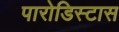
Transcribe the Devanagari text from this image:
पारोडिस्टास